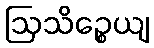
ဩသိဉ္စေယျ